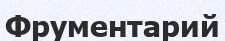
Фрументарий